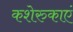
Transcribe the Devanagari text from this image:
कशेरुकाएं